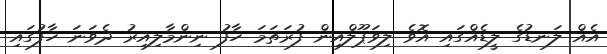
އެއް ލަނޑުގެ ލީޑެއްގައި އޮވެ ލިވަޕޫލްއިން ފުރަތަމަ ހާފު ނިންމާލިއިރު ދެވަނަ ހާފުގައި